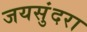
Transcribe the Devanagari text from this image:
जयसुंदरा